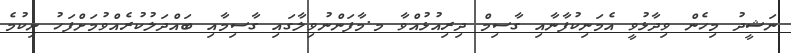
ނަޝީދު މިހެން ވިދާޅުވީ އެމަނިކުފާނާއި ގާސިމް ދިރިއުޅުއްވާ މ.މާފަންނުވިލާގައި ގާސިމާއި ބައްދަލުކުރެއްވުމަށްފަހު ނިކުމެ